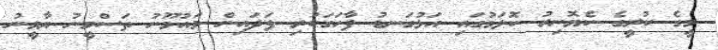
މީގެ ކުރީގެ ކެޔޮނިރު ކޮލަމުގައި އަޅުގަނޑު ފާހަގަކުރި ފަދައިން މައުމޫނު ތަސްމީނު ޔާމީނު